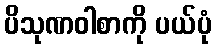
ပိသုဏဝါစာကို ပယ်ပုံ